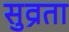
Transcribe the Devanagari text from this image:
सुव्रता